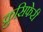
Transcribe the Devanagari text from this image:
क्रुसिफेरी